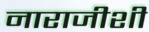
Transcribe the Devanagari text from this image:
नाराजीशी